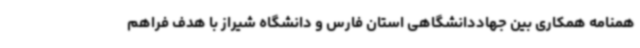
همنامه همکاری بین جهاددانشگاهی استان فارس و دانشگاه شیراز با هدف فراهم